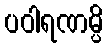
ပဝါရဏမ္ပိ